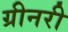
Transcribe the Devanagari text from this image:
ग्रीनरी